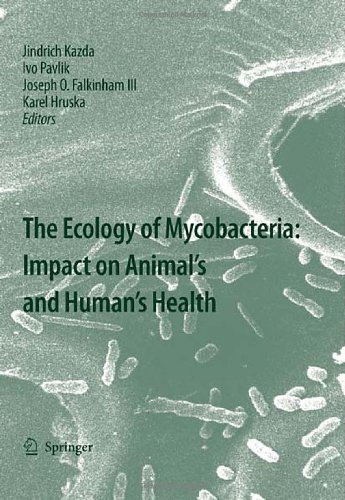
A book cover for The Ecology of Mycobacteria: Impact on Animal's and Human's Health; Jindrich Kazda; Medical Books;